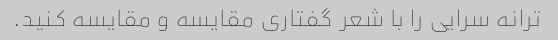
ترانه سرایی را با شعر گفتاری مقایسه و مقایسه کنید.